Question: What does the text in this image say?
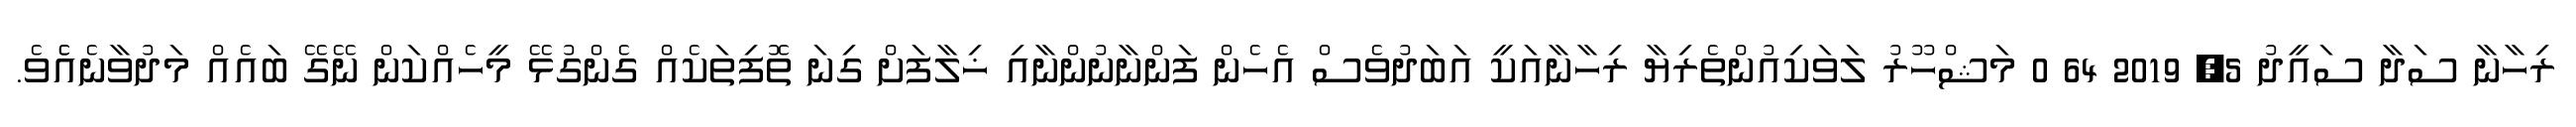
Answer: ރިހާނާ ސަދާ ސައީދު 5, 2019 64 0 މަޝްހޫރު ލަވަކިއުންތެރިޔާ ރިހާނާއަކީ އަބަދުވެސް އެހެން ފަންނާނުންނާއި ޚިލާފަށް ގިނަ ތޮފިތަކެއް ގެންގުޅޭ މީހެއްކަން ނޭގޭ ބައެއް މަދުވާނެއެެވެ.